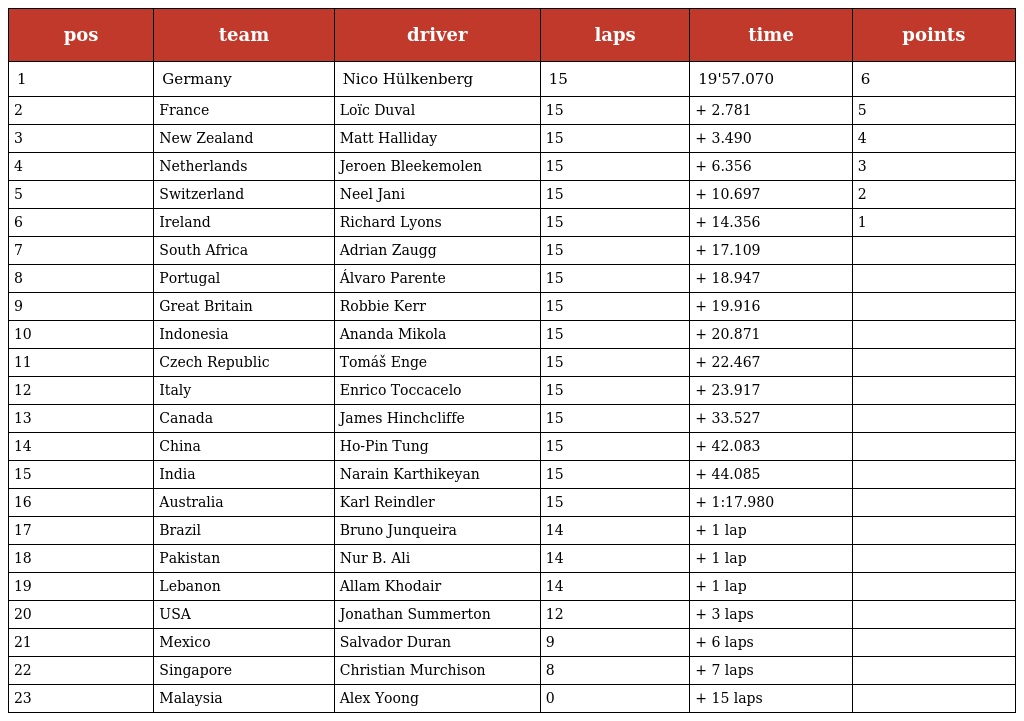
| pos | team | driver | laps | time | points |
 | --- | --- | --- | --- | --- | --- |
 | 1 | Germany | Nico Hülkenberg | 15 | 19'57.070 | 6 |
 | 2 | France | Loïc Duval | 15 | + 2.781 | 5 |
 | 3 | New Zealand | Matt Halliday | 15 | + 3.490 | 4 |
 | 4 | Netherlands | Jeroen Bleekemolen | 15 | + 6.356 | 3 |
 | 5 | Switzerland | Neel Jani | 15 | + 10.697 | 2 |
 | 6 | Ireland | Richard Lyons | 15 | + 14.356 | 1 |
 | 7 | South Africa | Adrian Zaugg | 15 | + 17.109 |  |
 | 8 | Portugal | Álvaro Parente | 15 | + 18.947 |  |
 | 9 | Great Britain | Robbie Kerr | 15 | + 19.916 |  |
 | 10 | Indonesia | Ananda Mikola | 15 | + 20.871 |  |
 | 11 | Czech Republic | Tomáš Enge | 15 | + 22.467 |  |
 | 12 | Italy | Enrico Toccacelo | 15 | + 23.917 |  |
 | 13 | Canada | James Hinchcliffe | 15 | + 33.527 |  |
 | 14 | China | Ho-Pin Tung | 15 | + 42.083 |  |
 | 15 | India | Narain Karthikeyan | 15 | + 44.085 |  |
 | 16 | Australia | Karl Reindler | 15 | + 1:17.980 |  |
 | 17 | Brazil | Bruno Junqueira | 14 | + 1 lap |  |
 | 18 | Pakistan | Nur B. Ali | 14 | + 1 lap |  |
 | 19 | Lebanon | Allam Khodair | 14 | + 1 lap |  |
 | 20 | USA | Jonathan Summerton | 12 | + 3 laps |  |
 | 21 | Mexico | Salvador Duran | 9 | + 6 laps |  |
 | 22 | Singapore | Christian Murchison | 8 | + 7 laps |  |
 | 23 | Malaysia | Alex Yoong | 0 | + 15 laps |  |